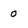
Character: 0